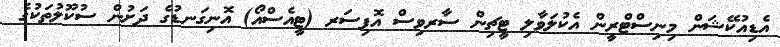
އެޑިއުކޭޝަން މިނިސްޓްރީން އެކުލަވާލި ޓީޗިން ސާރވިސް އޮފިސަރ (ޓީއެސްއޯ) އޮނިގަނޑުގެ ދަށުން ސުކޫލުތަކުގެ